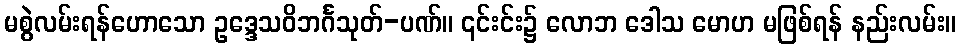
မစွဲလမ်းရန်ဟောသော ဥဒ္ဒေသဝိဘင်္ဂသုတ်-ပဏ်။ ၎င်းင်း၌ လောဘ ဒေါသ မောဟ မဖြစ်ရန် နည်းလမ်း။